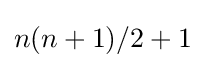
n(n+1)/2+1